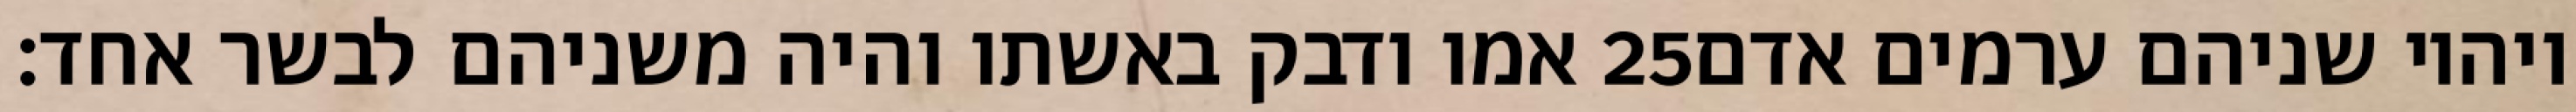
אמו ודבק באשתו והיה משניהם לבשר אחד׃ ‎25‏ ויהיו שניהם ערמים אדם